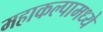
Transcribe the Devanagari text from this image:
महाकल्पामध्ये